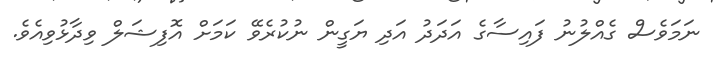
ނަމަވެސް ގެއްލުނު ފައިސާގެ އަދަދު އަދި ޔަގީން ނުކުރެވޭ ކަމަށް އޮފިޝަލް ވިދާޅުވިއެވެ.